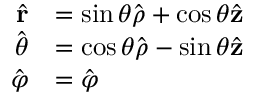
{ \begin{array} { r l } { { \hat { \mathbf { r } } } } & { = \sin \theta { \hat { \boldsymbol { \rho } } } + \cos \theta { \hat { \mathbf { z } } } } \\ { { \hat { \boldsymbol { \theta } } } } & { = \cos \theta { \hat { \boldsymbol { \rho } } } - \sin \theta { \hat { \mathbf { z } } } } \\ { { \hat { \boldsymbol { \varphi } } } } & { = { \hat { \boldsymbol { \varphi } } } } \end{array} }